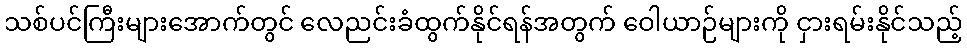
သစ်ပင်ကြီးများအောက်တွင် လေညင်းခံထွက်နိုင်ရန်အတွက် ဝေါယာဉ်များကို ငှားရမ်းနိုင်သည့်